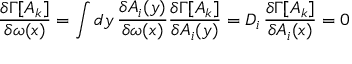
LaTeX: \frac { \delta \Gamma [ A _ { k } ] } { \delta \omega ( x ) } = \int d y \, \frac { \delta A _ { i } ( y ) } { \delta \omega ( x ) } \frac { \delta \Gamma [ A _ { k } ] } { \delta A _ { i } ( y ) } = D _ { i } \, \frac { \delta \Gamma [ A _ { k } ] } { \delta A _ { i } ( x ) } = 0